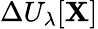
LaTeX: \Delta U_{\lambda}[\mathbf{X}]